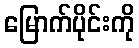
မြောက်ပိုင်းကို